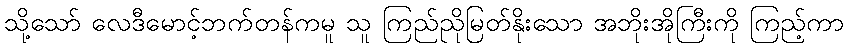
သို့သော် လေဒီမောင့်ဘက်တန်ကမူ သူ ကြည်ညိုမြတ်နိုးသော အဘိုးအိုကြီးကို ကြည့်ကာ